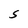
Character: S